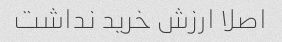
اصلا ارزش خرید نداشت